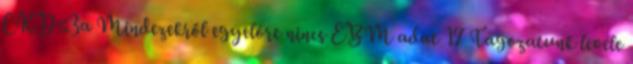
CKD≤3a Mindezekről egyelőre nincs EBM adat 17 Tagozatunk levele